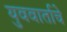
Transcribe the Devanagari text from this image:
युववार्ताचे